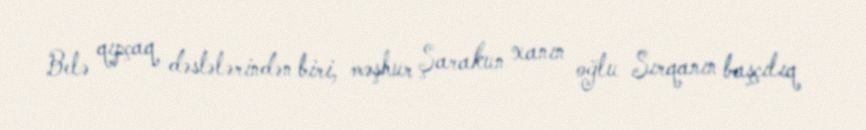
Belə qıpçaq dəstələrindən biri, məşhur Şarakun xanın oğlu Sırqanın başçılıq